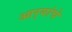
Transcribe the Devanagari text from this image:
आर्‍यांचे